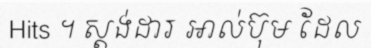
Hits ។ ស្តង់ដារ អាល់ប៊ុម ដែល